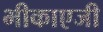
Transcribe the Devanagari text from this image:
भीकाएजी